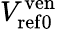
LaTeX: V_{\mathrm{ref0}}^{\mathrm{ven}}